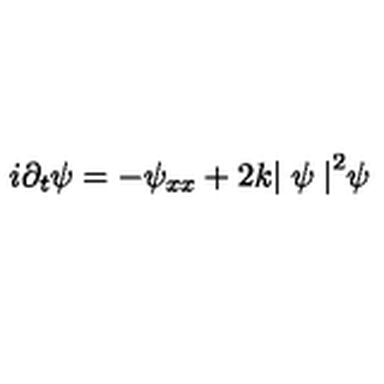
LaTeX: i { \partial _ { t } } \psi = - \psi _ { x x } + 2 k { \mid \psi \mid } ^ { 2 } \psi